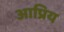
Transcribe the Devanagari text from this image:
आप्रिय